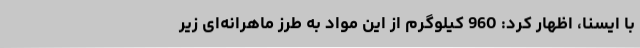
با ایسنا، اظهار کرد: 960 کیلوگرم از این مواد به طرز ماهرانه‌ای زیر